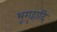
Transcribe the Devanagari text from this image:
भूगृहादि